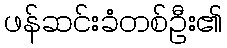
ဖန်ဆင်းခံတစ်ဦး၏